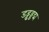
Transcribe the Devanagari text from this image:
डड्ढड्डद्म